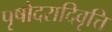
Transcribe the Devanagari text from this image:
पृषोदरादिवृत्ति